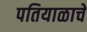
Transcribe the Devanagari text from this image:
पतियाळाचे